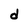
Character: d